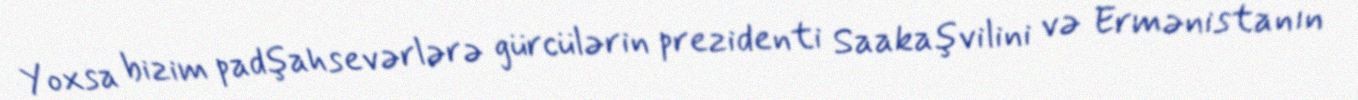
Yoxsa bizim padşahsevərlərə gürcülərin prezidenti Saakaşvilini və Ermənistanın